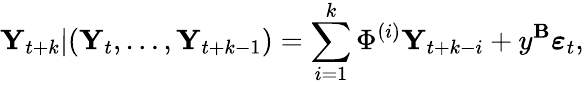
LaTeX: \mathbf{Y}_{t+k}|(\mathbf{Y}_{t},\dots,\mathbf{Y}_{t+k-1})=\sum_{i=1}^{k}\Phi^{(i)}\mathbf{Y}_{t+k-i}+y^{\mathbf{B}}\boldsymbol{\varepsilon}_{t},